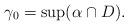
LaTeX: \begin{align*}\gamma_0=\sup(\alpha\cap D).\end{align*}